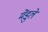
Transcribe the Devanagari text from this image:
मेंडुले